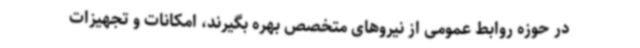
در حوزه روابط عمومی از نیروهای متخصص بهره بگیرند، امکانات و تجهیزات